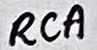
Text: RCA